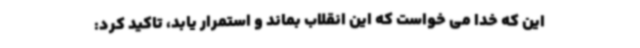
این که خدا می خواست که این انقلاب بماند و استمرار یابد، تاکید کرد: